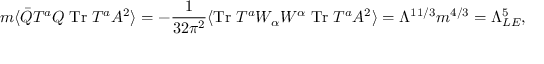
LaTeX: m \langle \bar { Q } T ^ { a } Q \; \mathrm { T r } \; T ^ { a } A ^ { 2 } \rangle = - \frac { 1 } { 3 2 \pi ^ { 2 } } \langle \mathrm { T r } \; T ^ { a } W _ { \alpha } W ^ { \alpha } \; \mathrm { T r } \; T ^ { a } A ^ { 2 } \rangle = \Lambda ^ { 1 1 / 3 } m ^ { 4 / 3 } = \Lambda _ { L E } ^ { 5 } ,